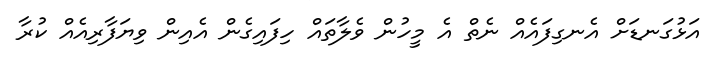
އަޅުގަނޑަށް އެނގިފައެއް ނެތް އެ މީހުން ވެލާތައް ހިފައިގެން އެއިން ވިޔަފާރިއެއް ކުރާ